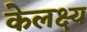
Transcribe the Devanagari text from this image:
केलक्ष्य